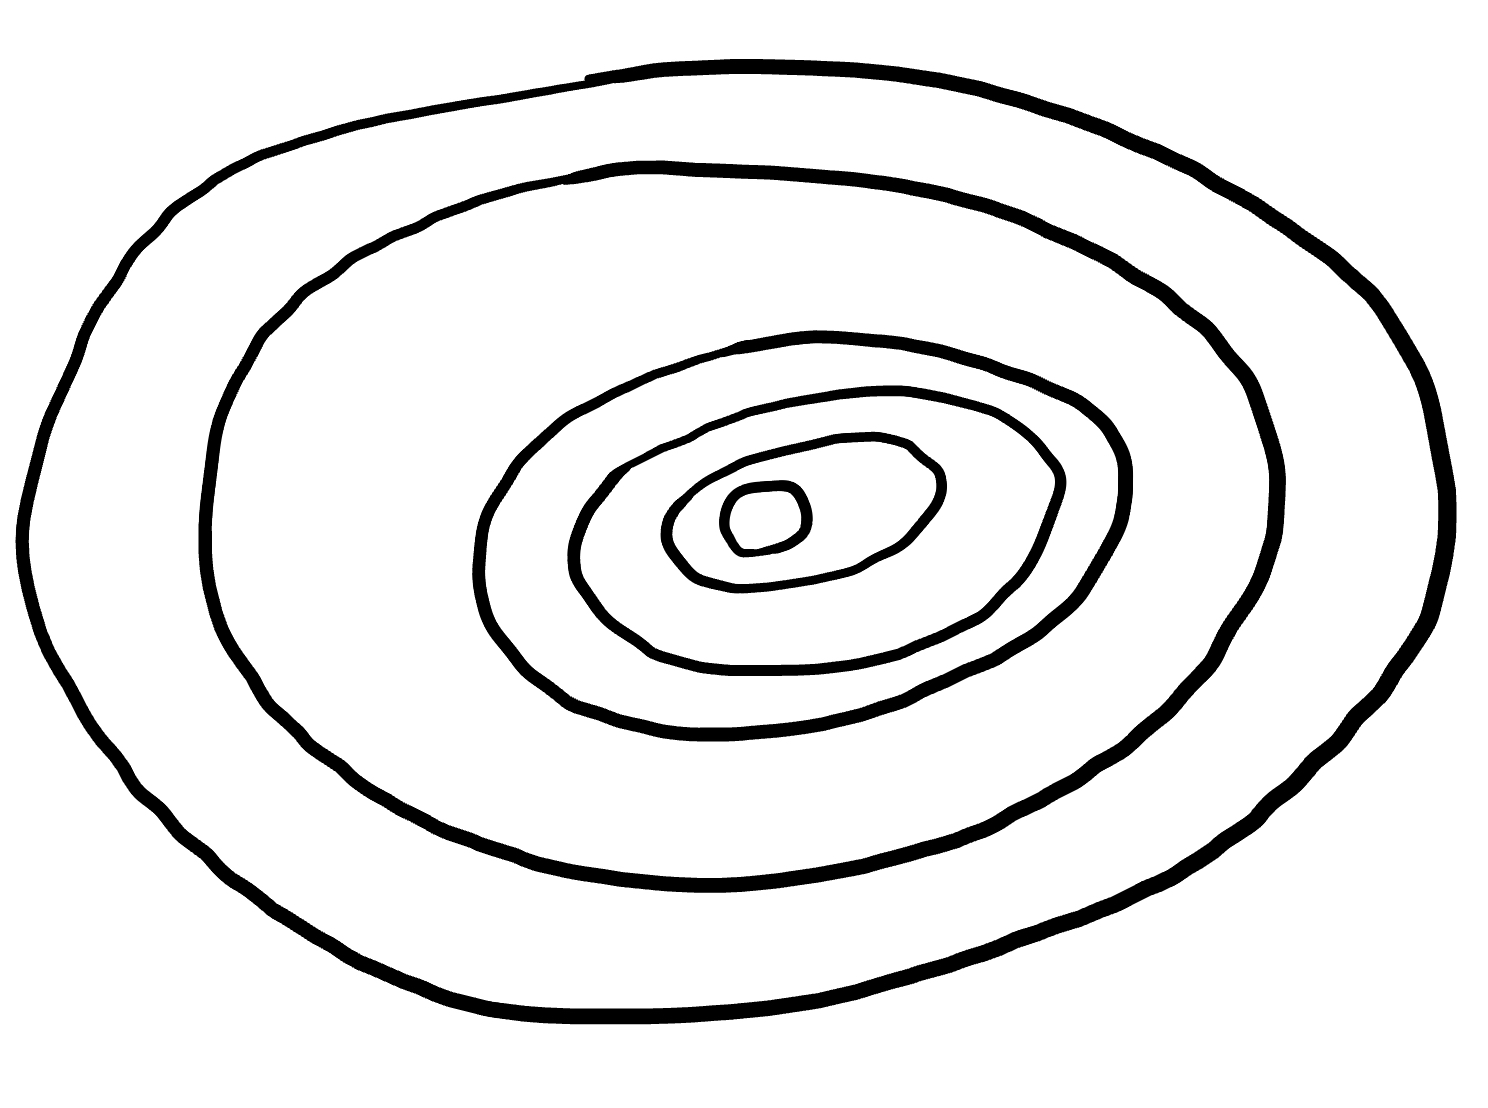
Number of regions (including the outer root region): 7
Containment tree edges (parent, child): 0, 1, 1, 2, 2, 3, 3, 4, 4, 5, 5, 6